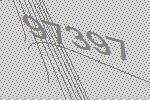
97397